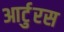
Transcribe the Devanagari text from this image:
आर्टुरस